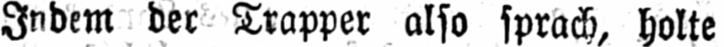
Indem der Trapper also sprach, holte